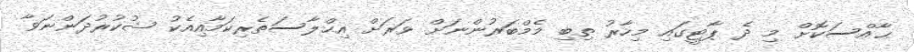
ޙާއްސަކޮށް މި ދެ ޕާޓީގައި މިހާރު ތިބި މެމްބަރުންނަށް ވަރަށް އިޙްލާސަތެރިކަމާއިއެކު ޝުކުރުދަންނަވާ